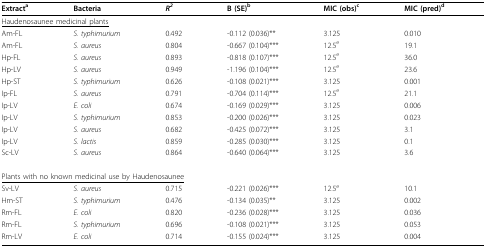
<table><thead><tr><td><b>Extract<sup>a</sup></b></td><td><b>Bacteria</b></td><td><b><i>R</i><sup><i>2</i></sup></b></td><td><b>B (SE)<sup>b</sup></b></td><td><b>MIC (obs)<sup>c</sup></b></td><td><b>MIC (pred)<sup>d</sup></b></td></tr></thead><tbody><tr><td colspan="6"><underline>Haudenosaunee medicinal plants</underline></td></tr><tr><td>Am-FL</td><td><i>S. typhimurium</i></td><td>0.492</td><td>-0.112 (0.036)**</td><td>3.125</td><td>0.010</td></tr><tr><td>Am-FL</td><td><i>S. aureus</i></td><td>0.804</td><td>-0.667 (0.104)***</td><td>12.5<sup>e</sup></td><td>19.1</td></tr><tr><td>Hp-FL</td><td><i>S. aureus</i></td><td>0.893</td><td>-0.818 (0.107)***</td><td>12.5<sup>e</sup></td><td>36.0</td></tr><tr><td>Hp-LV</td><td><i>S. aureus</i></td><td>0.949</td><td>-1.196 (0.104)***</td><td>12.5<sup>e</sup></td><td>23.6</td></tr><tr><td>Hp-ST</td><td><i>S. typhimurium</i></td><td>0.626</td><td>-0.108 (0.021)***</td><td>3.125</td><td>0.001</td></tr><tr><td>Ip-FL</td><td><i>S. aureus</i></td><td>0.791</td><td>-0.704 (0.114)***</td><td>12.5<sup>e</sup></td><td>21.1</td></tr><tr><td>Ip-LV</td><td><i>E. coli</i></td><td>0.674</td><td>-0.169 (0.029)***</td><td>3.125</td><td>0.006</td></tr><tr><td>Ip-LV</td><td><i>S. typhimurium</i></td><td>0.853</td><td>-0.200 (0.026)***</td><td>3.125</td><td>0.023</td></tr><tr><td>Ip-LV</td><td><i>S. aureus</i></td><td>0.682</td><td>-0.425 (0.072)***</td><td>3.125</td><td>3.1</td></tr><tr><td>Ip-LV</td><td><i>S. lactis</i></td><td>0.859</td><td>-0.285 (0.030)***</td><td>3.125</td><td>0.1</td></tr><tr><td>Sc-LV</td><td><i>S. aureus</i></td><td>0.864</td><td>-0.640 (0.064)***</td><td>3.125</td><td>3.6</td></tr><tr><td colspan="6"><underline>Plants with no known medicinal use by Haudenosaunee</underline></td></tr><tr><td>Sv-LV</td><td><i>S. aureus</i></td><td>0.715</td><td>-0.221 (0.026)***</td><td>12.5<sup>e</sup></td><td>10.1</td></tr><tr><td>Hm-ST</td><td><i>S. typhimurium</i></td><td>0.476</td><td>-0.134 (0.035)**</td><td>3.125</td><td>0.002</td></tr><tr><td>Rm-FL</td><td><i>E. coli</i></td><td>0.820</td><td>-0.236 (0.028)***</td><td>3.125</td><td>0.036</td></tr><tr><td>Rm-FL</td><td><i>S. typhimurium</i></td><td>0.696</td><td>-0.108 (0.021)***</td><td>3.125</td><td>0.053</td></tr><tr><td>Rm-LV</td><td><i>E. coli</i></td><td>0.714</td><td>-0.155 (0.024)***</td><td>3.125</td><td>0.004</td></tr></tbody></table>